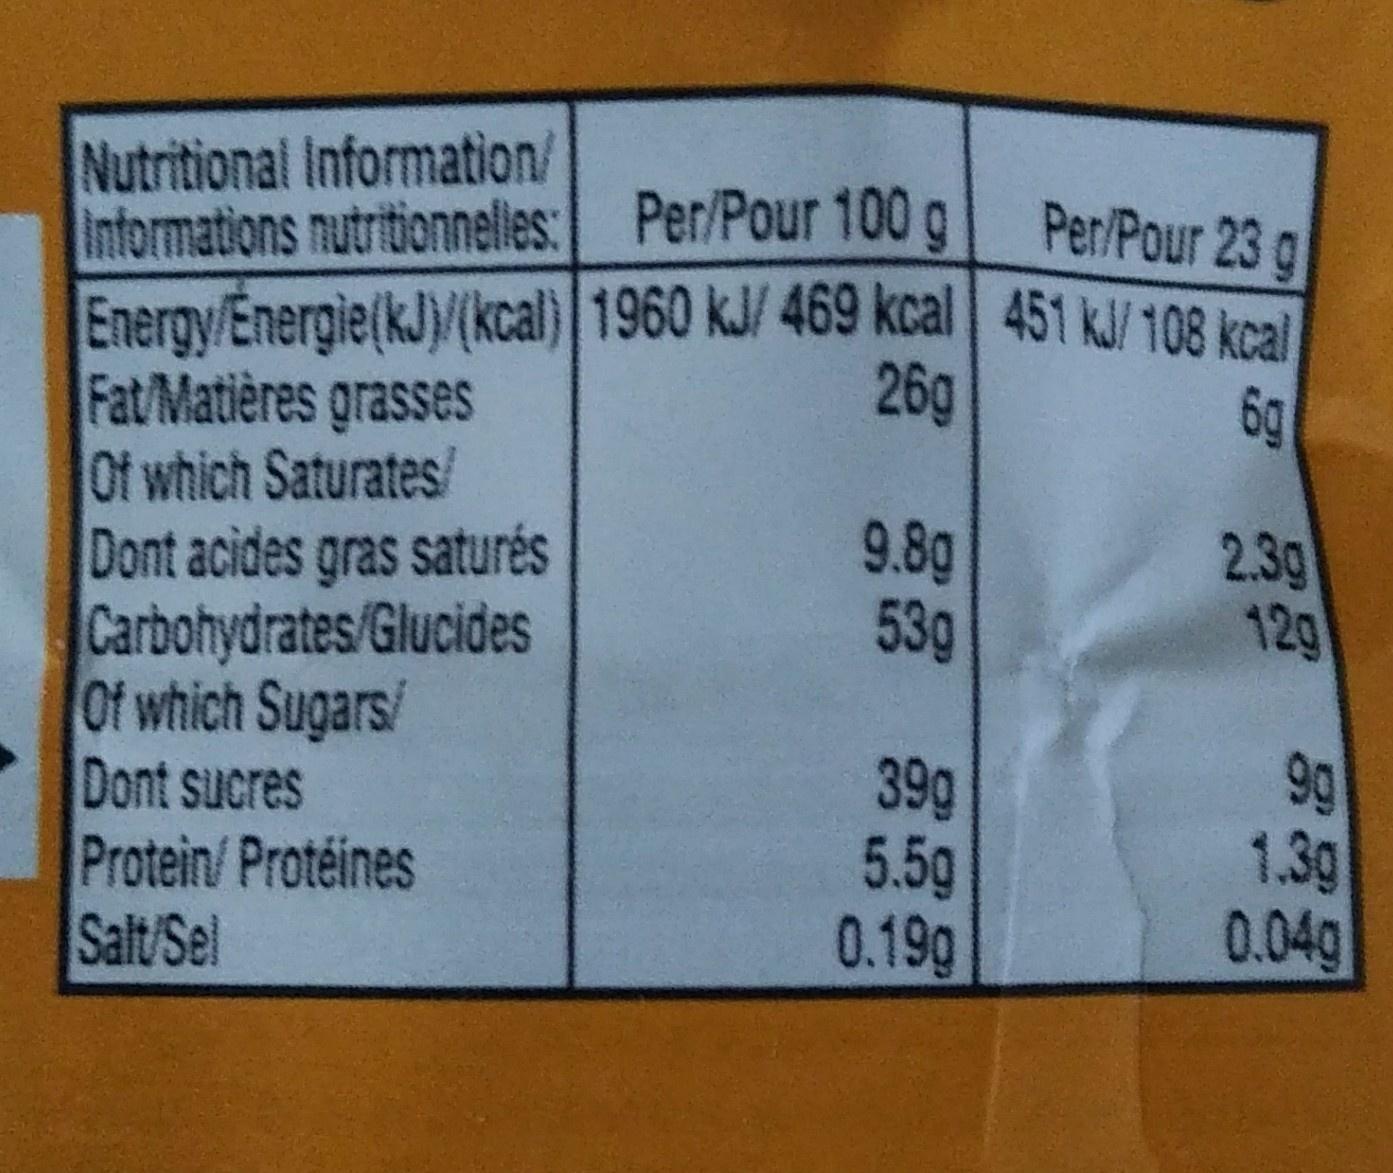
Nutritional Information/ Informations nutritionnelles:
Per/Pour 100 g
Energy/Energie (kJ)/(kcal) 1960 kJ/ 469 kcal
26g
Fat/Matières grasses Of which Saturates/
Dont acides gras saturés
Carbohydrates/Glucides
Of which Sugars/
Dont sucres
Protein/ Protéines
Salt/Sel
9.8g
53g
39g
5.5g
0.19g
Per/Pour 23 g
451 kJ/ 108 kcal
6g
2.3g
12g
9g
1.3g
0.04g